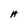
Character: A